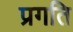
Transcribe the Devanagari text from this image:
प्रगति